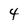
Character: 4